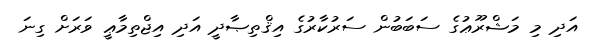
އަދި މި މަޝްރޫޢުގެ ސަބަބުން ސަރުކާރުގެ އިޤްތިޞާދީ އަދި އިޖްތިމާޢީ ވަރަށް ގިނަ